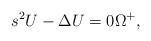
LaTeX: \begin{align*}s^2 U -\Delta U = 0 \Omega^+,\end{align*}